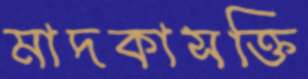
মাদকাসক্তি